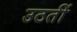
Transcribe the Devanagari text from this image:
उठतीं